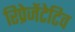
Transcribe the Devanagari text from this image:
रिप्रेजेंटेटिव